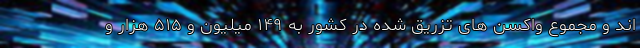
اند و مجموع واکسن های تزریق شده در کشور به ۱۴۹ میلیون و ۵۱۵ هزار و